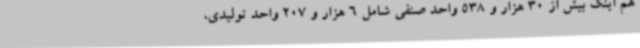
هم اینک بیش از 30 هزار و 538 واحد صنفی شامل 6 هزار و 207 واحد تولیدی،